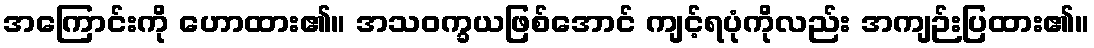
အကြောင်းကို ဟောထား၏။ အသဝက္ခယဖြစ်အောင် ကျင့်ရပုံကိုလည်း အကျဉ်းပြထား၏။